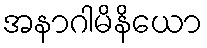
အနာဂါမိနိယော